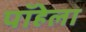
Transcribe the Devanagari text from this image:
पॉहेला